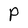
Character: P